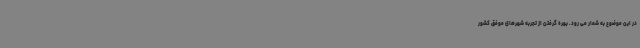
در این موضوع به شمار می رود. بهره گرفتن از تجربه شهرهای موفق کشور